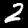
Digit: 2